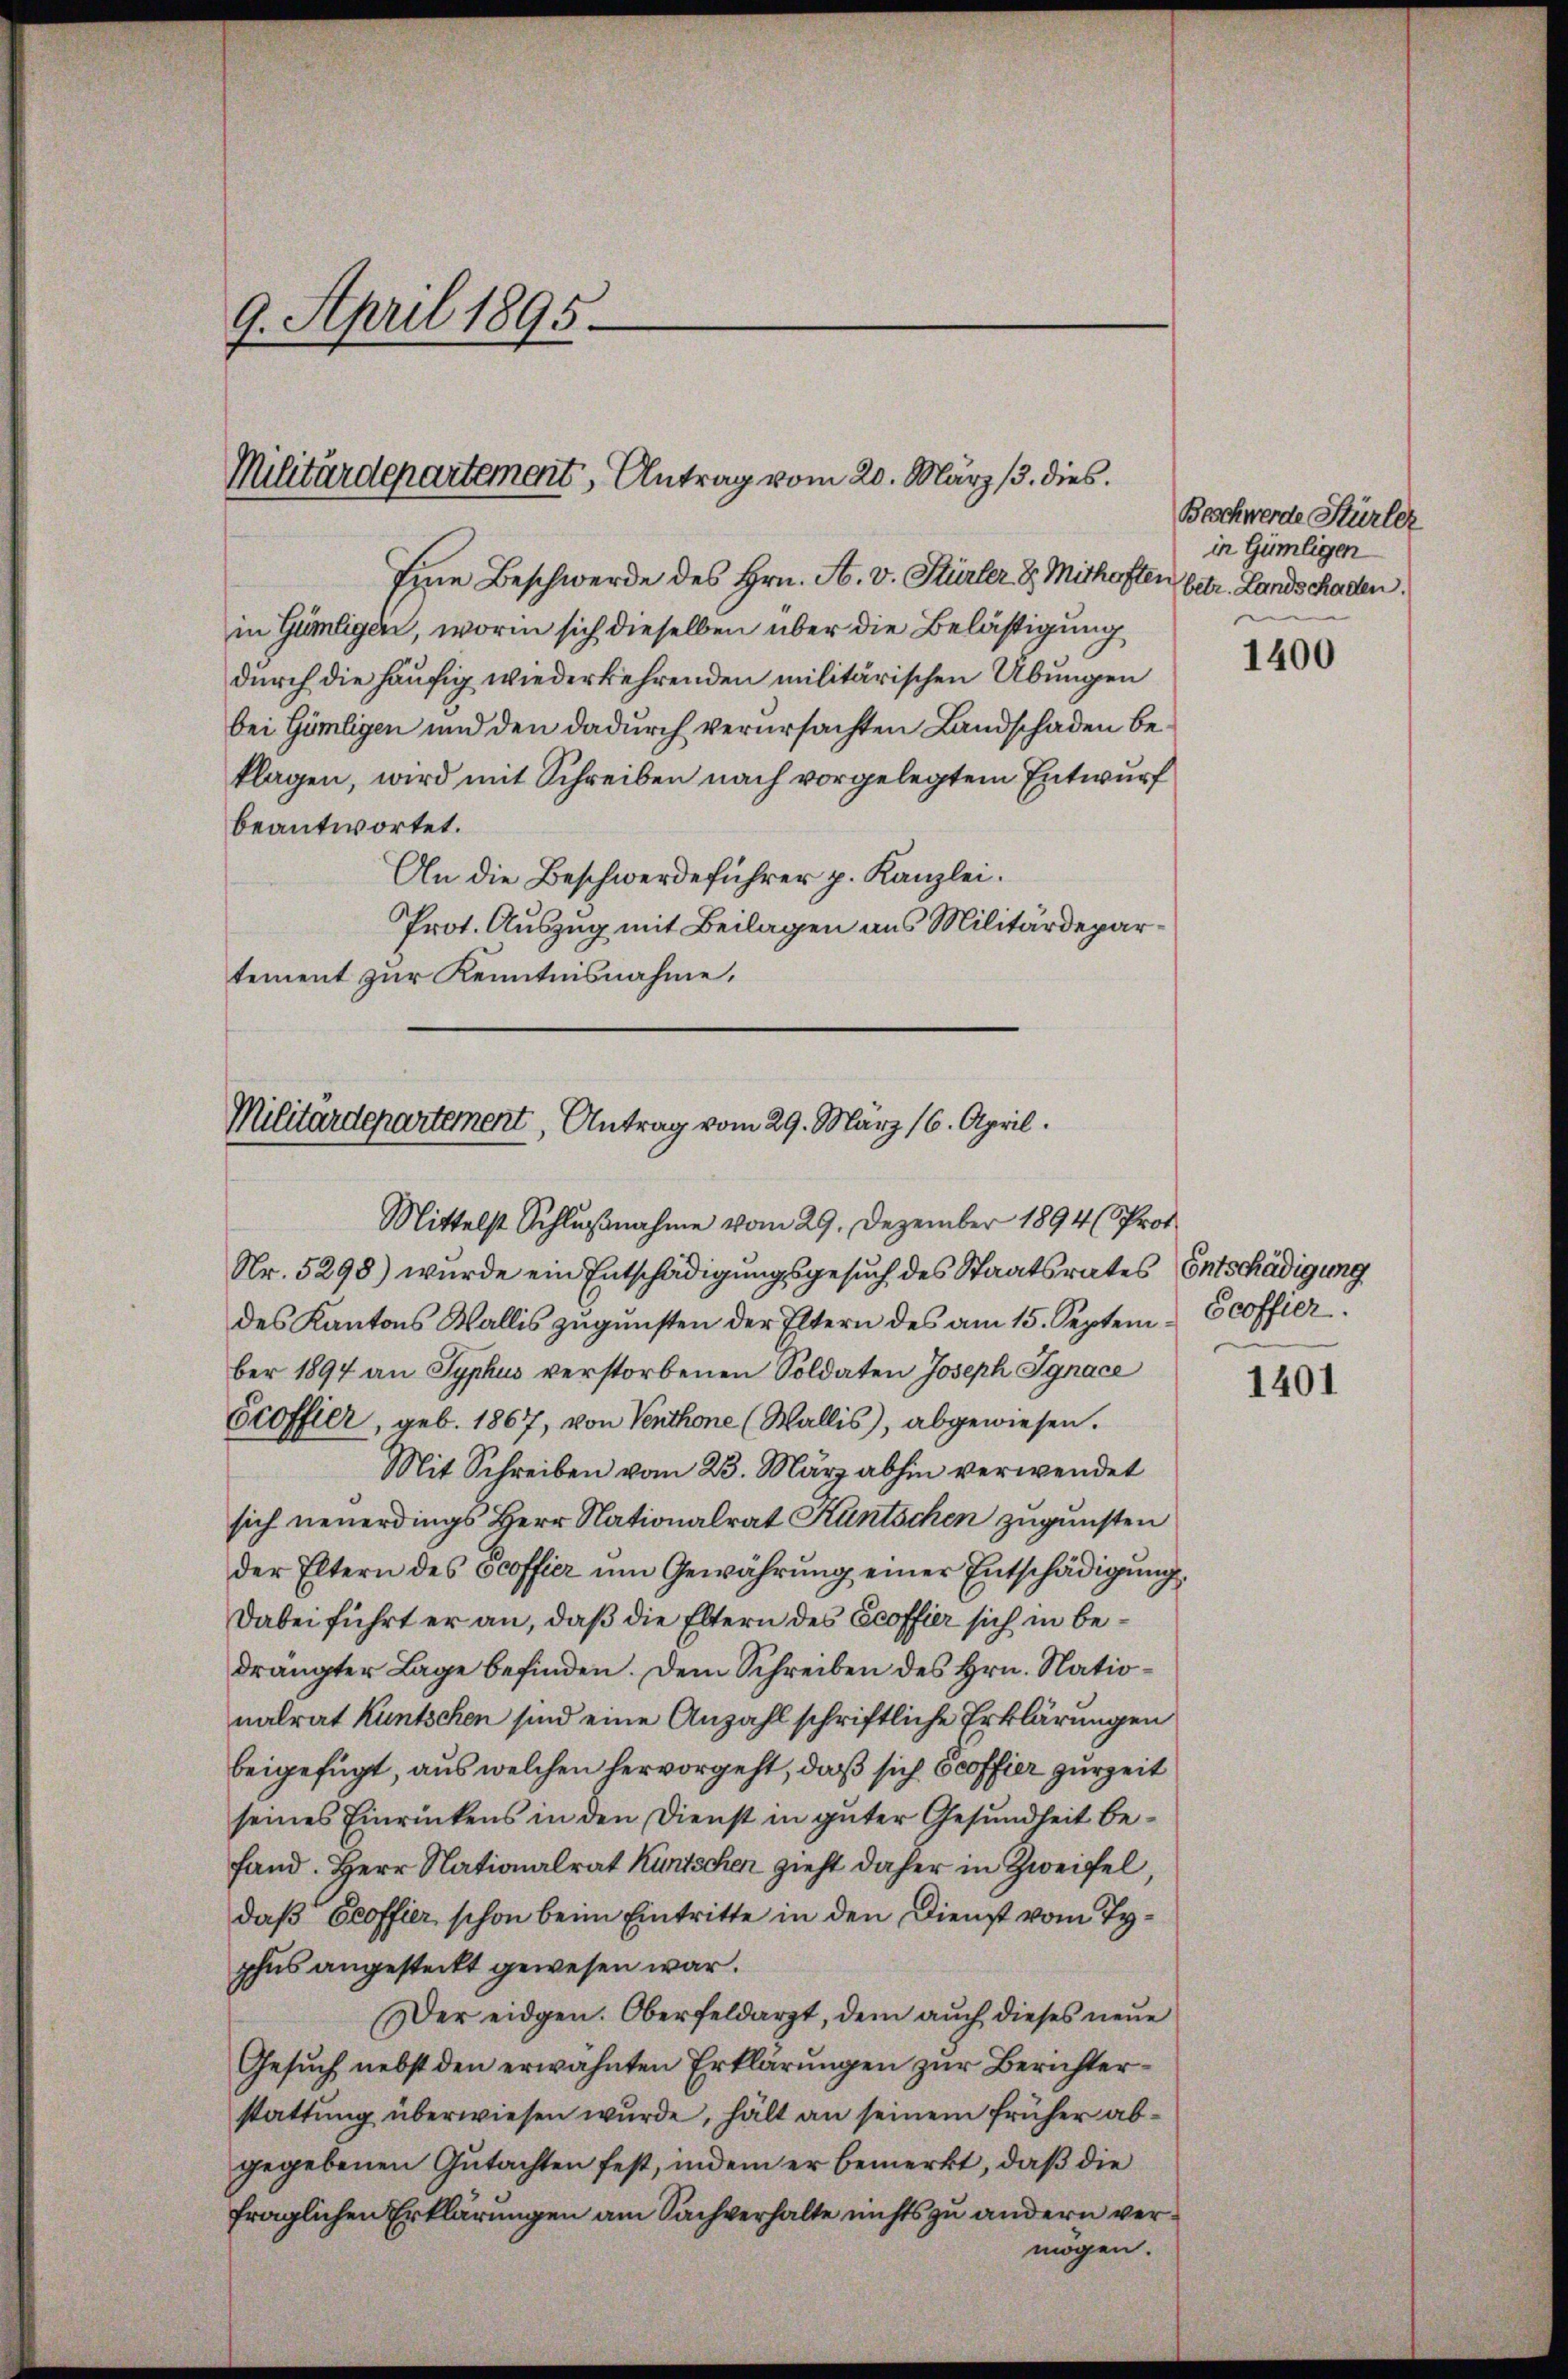
9. April 1895.

Militärdepartement, Antrag vom 20. März 13. dies

Eine Beschwerde des Hrn. F. v. Stürler & Mithaften betr. Landschaden.
in Gümligen, worin sich dieselben über die Belästigung
durch die häufig wiederkehrenden militärischen Übungen
bei Gömligen und den dadurch verursachten Landschaden beklagen, wird mit Schreiben nach vorgelegtem Entwurf
beantwortet.
An die Beschwerdeführer p. Kanzlei.
Prot. Auszug mit Beilagen aus Militärdepartement zur Kenntnisnahme,

Mittelst Schlŭβnahme vom 29. Dezember 1894 Prof.
Nr. 5298) wurde ein Entschädigungsgesuch des Staatsrates Entschädigung
des Kantons Wallis zugunsten der Eltern des am 15. Septem Ecoffier
ber 1894 an Syphus verstorbenen Soldaten Joseph Ignace
Scoffier, geb. 1867, von Venthone (Wallis), abgewiesen.
Mit Schreiben vom 23. März abhin verwendet
sich neuerdings Herr Nationalrat Kuntschen zugunsten
der Eltern des Scoffier ŭm Gewährŭng einer Entschädigŭng.
Dabei führt er an, daß die Eltern des Ecoffier sich in bedrängter Lage befinden. Dem Schreiben des Hrn. Nationalrat Kuntschen sind eine Anzahl schriftliche Erklärungen
beigefügt, aus welchen hervorgeht, daß sich Ocoffier zur Zeit
seines Einrückens in den Dienst in guter Gesundheit befand. Herr Nationalrat Kürtschen zieht daher in Zweifel,
daß Ceoffier schon beim Eintritte in den Dienst vom Typhus angesteckt gewesen war.
Der eidgen. Oberfeldarzt, dem auch dieses neue
Gesuch nebst den erwähnten Erklärungen zur Berichterstattung überwiesen wurde, hält an seinem früher abgegebenen Gutachten fest, indem er bemerkt, daß die
fraglichen Erklärungen am Sachverhalte nichts zu andern vermögen.

Militärdepartement, Antrag vom 29. März 16. April.

Beschwerde Stürler
in Gümligen

1400

1401